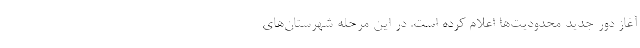
آغاز دور جدید محدودیت‌ها اعلام کرده است. در این مرحله شهرستان‌های